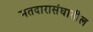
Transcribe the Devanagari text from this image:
मतदारासंघातील